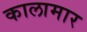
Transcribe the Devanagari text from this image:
कालामार